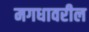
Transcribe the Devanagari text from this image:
मगधावरील